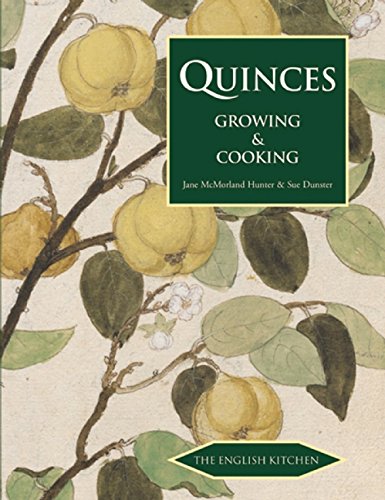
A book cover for Quinces: Growing & Cooking (The English Kitchen); Jane McMorland Hunter; Cookbooks, Food & Wine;